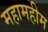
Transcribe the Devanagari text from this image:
महामहीम